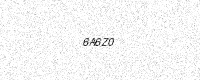
Text: 6A6Z0